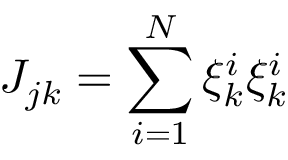
J _ { j k } = \sum _ { i = 1 } ^ { N } \xi _ { k } ^ { i } \xi _ { k } ^ { i }